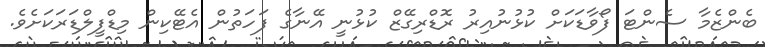
ބެންޒެމާ ސެންޓަ ފޯވާޑަކަށް ކުޅުނުއިރު ރޮޑްރިގޭޒް ކުޅުނީ އޭނާގެ ފަހަތުން އެޓޭކިން މިޑްފީލްޑަރަކަށެވެ.